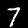
Label: 7